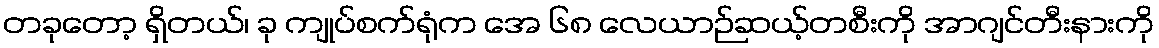
တခုတော့ ရှိတယ်၊ ခု ကျုပ်စက်ရုံက အေ ၆၈ လေယာဉ်ဆယ့်တစီးကို အာဂျင်တီးနားကို